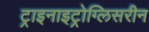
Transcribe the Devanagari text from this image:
ट्राइनाइट्रोग्लिसरीन